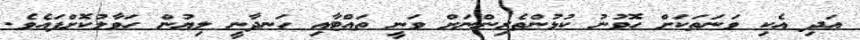
އަދި އެކި ވަނަތަކަށް ހޮވުނު ކުޅުންތެރިންނަށް ވަނީ ތައްޓާއި ހަނދާނީ ލިޔުން ހަވާލުކޮށްފައެވެ.